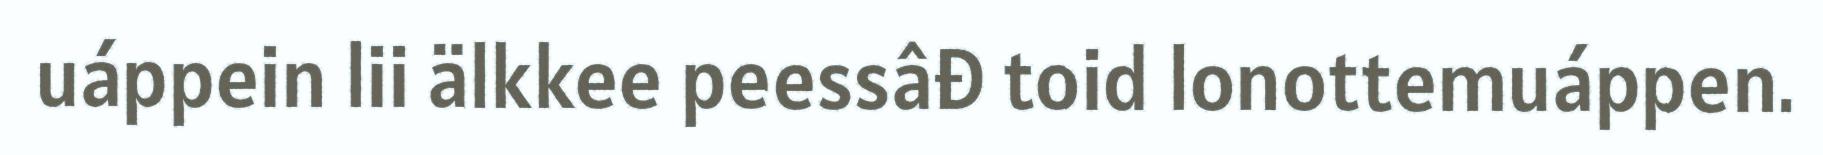
uáppein lii älkkee peessâđ toid lonottemuáppen.